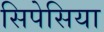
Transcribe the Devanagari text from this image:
सिपेसिया